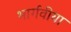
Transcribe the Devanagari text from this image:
भार्गवीया